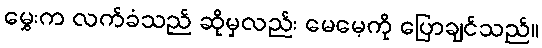
မွှေးက လက်ခံသည် ဆိုမှလည်း မေမေ့ကို ပြောချင်သည်။